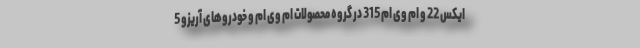
ایکس 22 و ام وی ام 315 در گروه محصولات ام وی ام و خودروهای آریزو 5